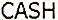
CASH